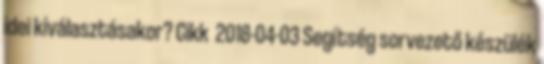
idei kiválasztásakor? Cikk 2018-04-03 Segítség sorvezető készülék